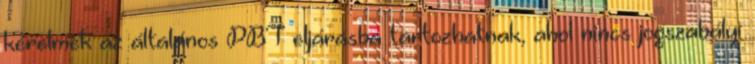
kérelmek az általános PBT eljárásba tartozhatnak, ahol nincs jogszabályi